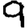
Digit: 9